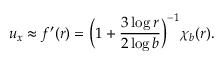
u _ { x } \approx f ^ { \prime } ( r ) = \Big ( 1 + \frac { 3 \log r } { 2 \log b } \Big ) ^ { - 1 } \chi _ { b } ( r ) .